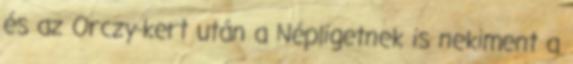
és az Orczy-kert után a Népligetnek is nekiment a